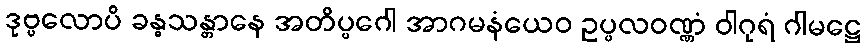
ဒုဗ္ဗလောပိ ခန္ဓသန္တာနေ အတိပ္ပဂေါ အာဂမနံယေဝ ဥပ္ပလဝဏ္ဏံ ဝါဂုရံ ဂါမဋ္ဌေ